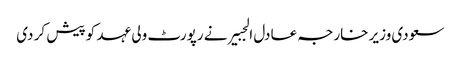
سعودی وزیر خارجہ عادل الجبیر نے رپورٹ ولی عہد کو پیش کر دی